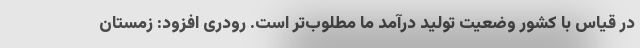
در قیاس با کشور وضعیت تولید درآمد ما مطلوب‌تر است. رودری افزود: زمستان